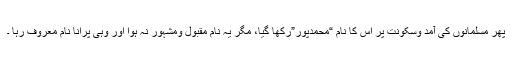
پھر مسلمانوں کی آمد وسکونت پر اس کا نام “محمدپور”رکھا گیا، مگر یہ نام مقبول ومشہور نہ ہوا اور وہی پرانا نام معروف رہا ۔